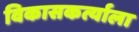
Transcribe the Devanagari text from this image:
विकासकर्त्याला